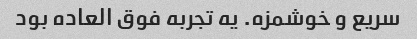
سریع و خوشمزه. یه تجربه فوق العاده بود